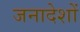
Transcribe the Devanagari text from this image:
जनादेशों